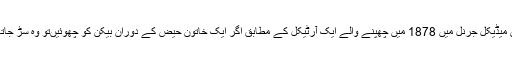
برٹش میڈیکل جرنل میں‌ 1878 میں‌ چھپنے والے ایک آرٹیکل کے مطابق اگر ایک خاتون حیض کے دوران بیکن کو چھوئیں‌تو وہ سڑ جاتا ہے۔